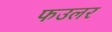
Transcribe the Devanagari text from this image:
फउलर